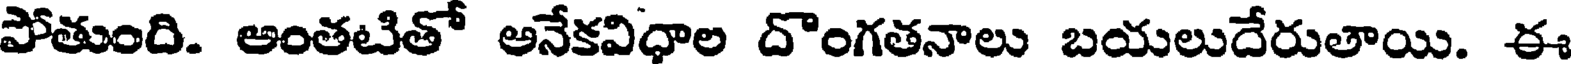
పోతుంది. అంతటితో అనేకవిధాల దొంగతనాలు బయలుదేరుతాయి. ఈ